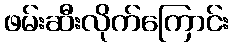
ဖမ်းဆီးလိုက်ကြောင်း